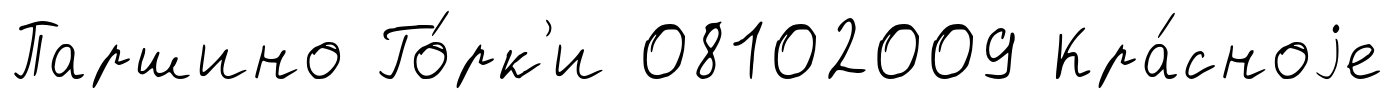
Паршино Го́рк'и 08102009 Кра́сноjе